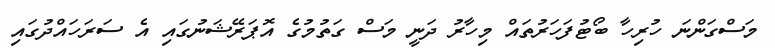
މަސްގަންނަ ހުރިހާ ބޯޓުފަހަރުތައް މިހާރު ދަނީ މަސް ގަތުމުގެ އޮޕަރޭޝަނުގައި އެ ސަރަހައްދުގައި